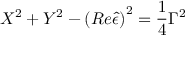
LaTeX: X ^ { 2 } + Y ^ { 2 } - \left( R e \hat { \epsilon } \right) ^ { 2 } = \frac 1 4 \Gamma ^ { 2 }